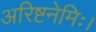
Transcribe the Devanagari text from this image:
अरिष्टनेमिः।